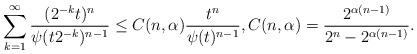
LaTeX: \begin{align*}\sum_{k=1}^{\infty} \frac{(2^{-k}t )^n}{\psi (t 2^{-k})^{n-1}} \le C(n, \alpha) \frac{t^n}{\psi(t)^{n-1}}, C(n, \alpha) = \frac{2^{\alpha(n-1)}}{2^n - 2^{\alpha(n-1)}}.\end{align*}